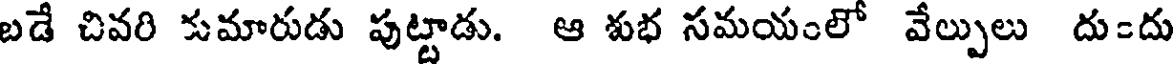
బడే చివరి కుమారుడు పుట్టాడు. ఆ శుభ సమయంలో వేల్పులు దు=దు